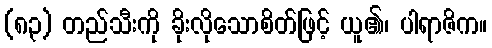
(၈၃) တည်သီးကို ခိုးလိုသောစိတ်ဖြင့် ယူ၏၊ ပါရာဇိက။